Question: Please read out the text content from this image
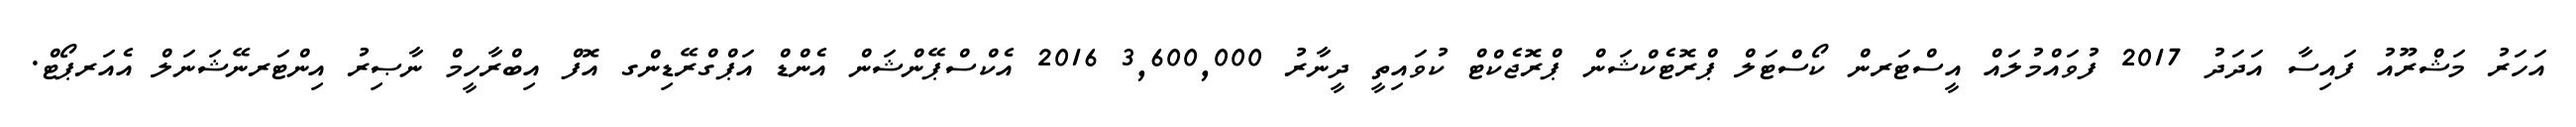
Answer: އަހަރު މަޝްރޫއު ފައިސާ އަދަދު 2017 ފުވައްމުލައް އީސްޓަރން ކޯސްޓަލް ޕްރޮޓެކްޝަން ޕްރޮޖެކްޓް ކުވައިތީ ދީނާރު 3,600,000 2016 އެކްސްޕޭންޝަން އެންޑް އަޕްގްރޭޑިންގ އޮފް އިބްރާހީމް ނާޞިރު އިންޓަރނޭޝަނަލް އެއަރޕޯޓް.